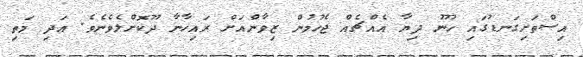
އިސްތަށިގަނޑުގައި ހޫނު ދިޔާ އެއްޗެއް ޖެހުމުން ޒިވާންއަށް ރައިހާނާ ދޫކޮށްލެވެނެވެ. އަދި މަތި